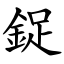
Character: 鋜